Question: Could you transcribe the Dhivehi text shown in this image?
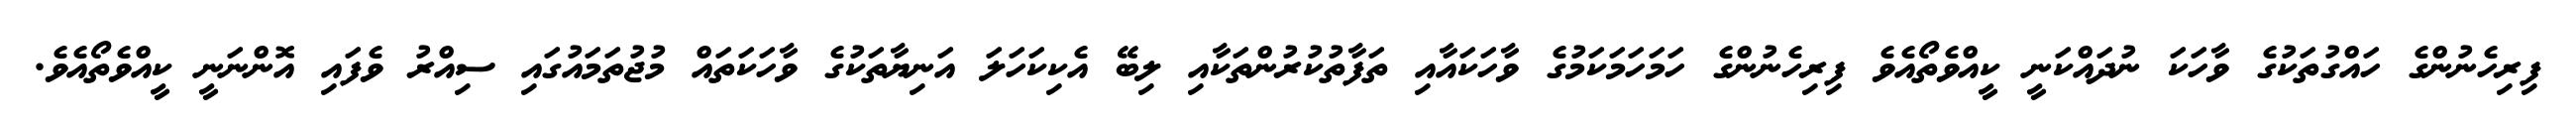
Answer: ފިރިހެނުންގެ ހައްގުތަކުގެ ވާހަކަ ނުދައްކަނީ ކީއްވެތޯއެވެ ފިރިހެނުންގެ ހަމަހަމަކަމުގެ ވާހަކައާއި ތަފާތުކުރުންތަކާއި ލިބޭ އެކިކަހަލަ އަނިޔާތަކުގެ ވާހަކަތައް މުޖުތަމައުގައި ސިއްރު ވެފައި އޮންނަނީ ކީއްވެތޯއެވެ.